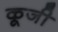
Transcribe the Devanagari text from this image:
कूजी